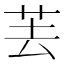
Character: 䒧